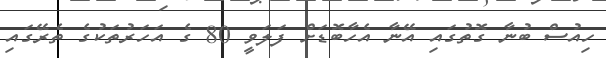
ހިއުސް ބުނާ ގޮތުގައި އޭނާ އެހާބޮޑަށް ފަލަވީ 80 ގެ އަހަރުތަކުގެ ތެރޭގައި